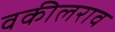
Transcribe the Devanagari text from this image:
वकीलराव